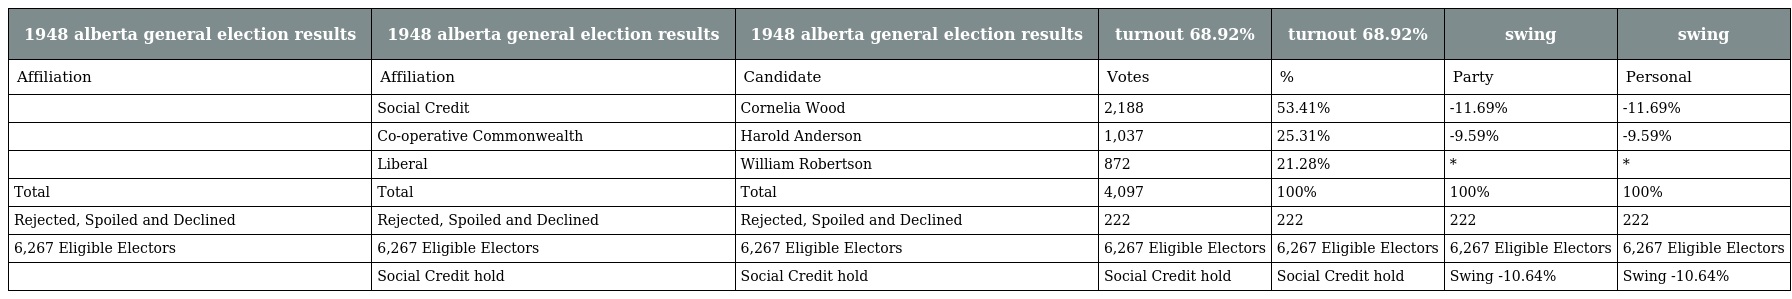
| 1948 alberta general election results | 1948 alberta general election results | 1948 alberta general election results | turnout 68.92% | turnout 68.92% | swing | swing |
 | --- | --- | --- | --- | --- | --- | --- |
 | Affiliation | Affiliation | Candidate | Votes | % | Party | Personal |
 |  | Social Credit | Cornelia Wood | 2,188 | 53.41% | -11.69% | -11.69% |
 |  | Co-operative Commonwealth | Harold Anderson | 1,037 | 25.31% | -9.59% | -9.59% |
 |  | Liberal | William Robertson | 872 | 21.28% | * | * |
 | Total | Total | Total | 4,097 | 100% | 100% | 100% |
 | Rejected, Spoiled and Declined | Rejected, Spoiled and Declined | Rejected, Spoiled and Declined | 222 | 222 | 222 | 222 |
 | 6,267 Eligible Electors | 6,267 Eligible Electors | 6,267 Eligible Electors | 6,267 Eligible Electors | 6,267 Eligible Electors | 6,267 Eligible Electors | 6,267 Eligible Electors |
 |  | Social Credit hold | Social Credit hold | Social Credit hold | Social Credit hold | Swing -10.64% | Swing -10.64% |